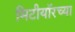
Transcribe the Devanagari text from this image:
मिटीयॉरच्या